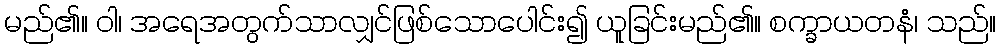
မည်၏။ ဝါ၊ အရေအတွက်သာလျှင်ဖြစ်သောပေါင်း၍ ယူခြင်းမည်၏။ စက္ခာယတနံ၊ သည်။